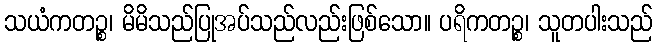
သယံကတဉ္စ၊ မိမိသည်ပြုအပ်သည်လည်းဖြစ်သော။ ပရိကတဉ္စ၊ သူတပါးသည်